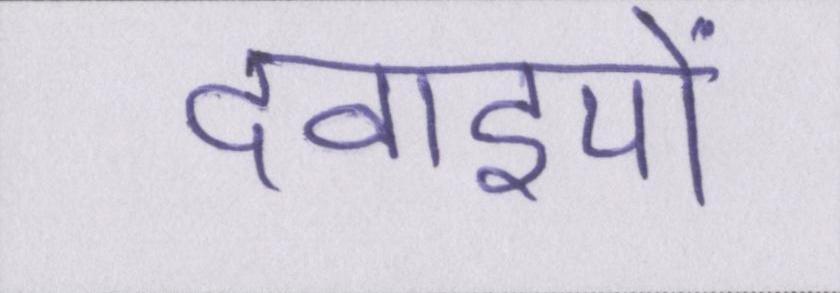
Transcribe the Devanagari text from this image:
दवाइयों